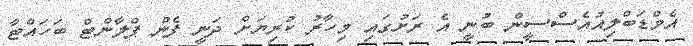
އެމްޑަބްލިއުއެސްސީން ބުނީ އެ ރަށުގައި މިހާރު ކުރިޔަށް ދަނީ ފެން ޕްލާންޓް ބަހައްޓާ